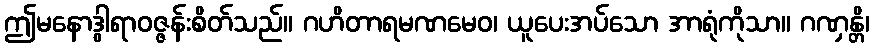
ဤမနောဒွါရာဝဇ္ဇန်းစိတ်သည်။ ဂဟိတာရမဏမေဝ၊ ယူပေးအပ်သော အာရုံကိုသာ။ ဂဏှန္တိ၊